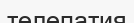
телепатия